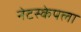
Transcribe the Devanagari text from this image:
नेटस्केपला